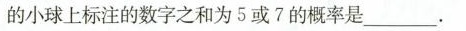
的小球上标注的数字之和为5或7的概率是___.